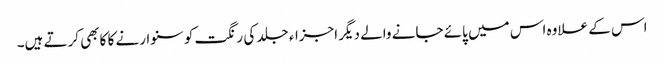
اس کے علاوہ اس میں پائے جانے والے دیگر اجزاء جلد کی رنگت کو سنوارنے کا کابھی کرتے ہیں۔